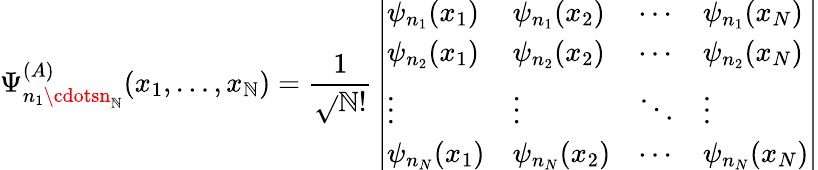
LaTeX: \Psi_{n_{1}\cdotsn_{\mathbb{N}}}^{(A)}(x_{1},\ldots,x_{\mathbb{N}})={\frac{{1}}{{\sqrt{}{{\mathbb{N}!}}}}}\left|{\begin{array}{llll}{\psi_{n_{1}}(x_{1})}&{\psi_{n_{1}}(x_{2})}&{\cdots}&{\psi_{n_{1}}(x_{N})}\\ {\psi_{n_{2}}(x_{1})}&{\psi_{n_{2}}(x_{2})}&{\cdots}&{\psi_{n_{2}}(x_{N})}\\ {\vdots}&{\vdots}&{\ddots}&{\vdots}\\ {\psi_{n_{N}}(x_{1})}&{\psi_{n_{N}}(x_{2})}&{\cdots}&{\psi_{n_{N}}(x_{N})}\end{array}}\right|